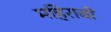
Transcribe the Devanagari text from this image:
महिराबी